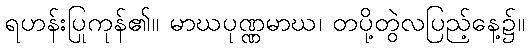
ရဟန်းပြုကုန်၏။ မာဃပုဏ္ဏမာဃ၊ တပို့တွဲလပြည့်နေ့၌။